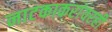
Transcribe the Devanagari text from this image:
नाटकाकरांवरही